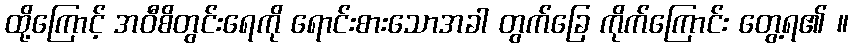
ထို့ကြောင့် အဝီစိတွင်းရေကို ရောင်းစားသောအခါ တွက်ခြေ ကိုက်ကြောင်း တွေ့ရ၏ ။